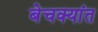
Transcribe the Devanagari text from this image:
बेचक्यांत